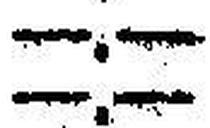
—.—